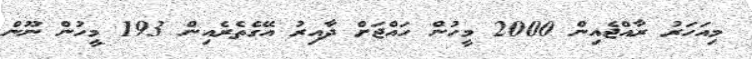
މިއަހަރު ރާއްޖެއިން 2000 މީހުން ހައްޖަށް ދާއިރު އޭގެތެރެއިން 193 މީހުން ނޫން